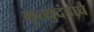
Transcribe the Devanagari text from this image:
मृत्युदंडाचे